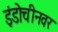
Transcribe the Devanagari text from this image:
इंडोचीनवर